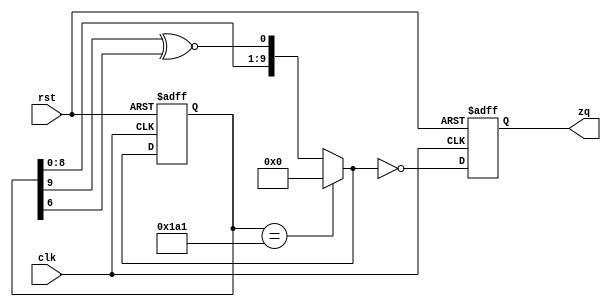
module ref_counter ( zq, rst, clk);

   parameter length = 10;
   output reg zq;
   input rst;
   input clk;

   parameter clear_value = 0;
   parameter set_value = 0;
   parameter wrap_value = 417;

   reg  [length:1] qi;
   reg lfsr_fb;
   wire [length:1] q_next;
   reg [32:1] polynom;
   integer i;

   always @ (qi)
   begin
        case (length) 
         2: polynom = 32'b11;                               // 0x3
         3: polynom = 32'b110;                              // 0x6
         4: polynom = 32'b1100;                             // 0xC
         5: polynom = 32'b10100;                            // 0x14
         6: polynom = 32'b110000;                           // 0x30
         7: polynom = 32'b1100000;                          // 0x60
         8: polynom = 32'b10111000;                         // 0xb8
         9: polynom = 32'b100010000;                        // 0x110
        10: polynom = 32'b1001000000;                       // 0x240
        11: polynom = 32'b10100000000;                      // 0x500
        12: polynom = 32'b100000101001;                     // 0x829
        13: polynom = 32'b1000000001100;                    // 0x100C
        14: polynom = 32'b10000000010101;                   // 0x2015
        15: polynom = 32'b110000000000000;                  // 0x6000
        16: polynom = 32'b1101000000001000;                 // 0xD008
        17: polynom = 32'b10010000000000000;                // 0x12000
        18: polynom = 32'b100000010000000000;               // 0x20400
        19: polynom = 32'b1000000000000100011;              // 0x40023
        20: polynom = 32'b10000010000000000000;             // 0x82000
        21: polynom = 32'b101000000000000000000;            // 0x140000
        22: polynom = 32'b1100000000000000000000;           // 0x300000
        23: polynom = 32'b10000100000000000000000;          // 0x420000
        24: polynom = 32'b111000010000000000000000;         // 0xE10000
        25: polynom = 32'b1001000000000000000000000;        // 0x1200000
        26: polynom = 32'b10000000000000000000100011;       // 0x2000023
        27: polynom = 32'b100000000000000000000010011;      // 0x4000013
        28: polynom = 32'b1100100000000000000000000000;     // 0xC800000
        29: polynom = 32'b10100000000000000000000000000;    // 0x14000000
        30: polynom = 32'b100000000000000000000000101001;   // 0x20000029
        31: polynom = 32'b1001000000000000000000000000000;  // 0x48000000
        32: polynom = 32'b10000000001000000000000000000011; // 0x80200003
        default: polynom = 32'b0;
        endcase
        lfsr_fb = qi[length];
        for (i=length-1; i>=1; i=i-1) begin
            if (polynom[i])
                lfsr_fb = lfsr_fb  ~^ qi[i];
        end
    end
   assign q_next = (qi == wrap_value) ? {length{1'b0}} :{qi[length-1:1],lfsr_fb};

   always @ (posedge clk or posedge rst)
     if (rst)
       qi <= {length{1'b0}};
     else
       qi <= q_next;



   always @ (posedge clk or posedge rst)
     if (rst)
       zq <= 1'b1;
     else
       zq <= q_next == {length{1'b0}};
endmodule